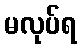
မလုပ်ရ